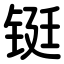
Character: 铤